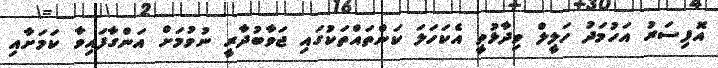
އޮފިސަރު އަހުމަދު ހަލީލް ވިދާޅުވީ އެކަހަލަ ކަންތައްތަކުގައި ޖަވާބުދާރީ ނުވުމަށް އަންގާފައިވާ ކަމަށާއި